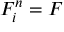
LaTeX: F _ { i } ^ { n } = F